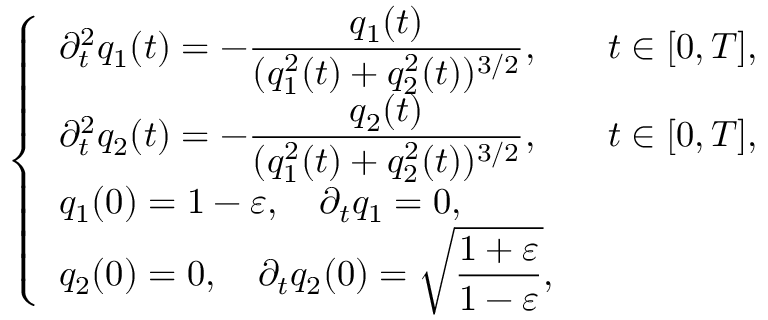
\left\{ \begin{array} { l l } { \partial _ { t } ^ { 2 } q _ { 1 } ( t ) = - \displaystyle \frac { q _ { 1 } ( t ) } { ( q _ { 1 } ^ { 2 } ( t ) + q _ { 2 } ^ { 2 } ( t ) ) ^ { 3 / 2 } } , \quad } & { t \in [ 0 , T ] , } \\ { \partial _ { t } ^ { 2 } q _ { 2 } ( t ) = - \displaystyle \frac { q _ { 2 } ( t ) } { ( q _ { 1 } ^ { 2 } ( t ) + q _ { 2 } ^ { 2 } ( t ) ) ^ { 3 / 2 } } , \quad } & { t \in [ 0 , T ] , } \\ { q _ { 1 } ( 0 ) = 1 - \varepsilon , \quad \partial _ { t } q _ { 1 } = 0 , } \\ { q _ { 2 } ( 0 ) = 0 , \quad \partial _ { t } q _ { 2 } ( 0 ) = \sqrt { \displaystyle \frac { 1 + \varepsilon } { 1 - \varepsilon } } , } \end{array} \right.